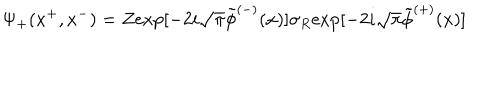
LaTeX: { \Psi } _ { + } ( x ^ { + } , x ^ { - } ) = Z \mathrm { e x p } [ - 2 i \sqrt { \pi } \tilde { \phi } ^ { ( - ) } ( x ) ] { \sigma } _ { R } \mathrm { e x p } [ - 2 i \sqrt { \pi } \tilde { \phi } ^ { ( + ) } ( x ) ]